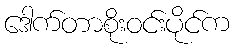
ဒေါက်တာစိုးဝင်းပိုင်က